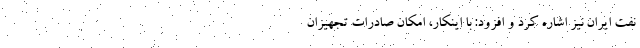
نفت ایران نیز اشاره کرد و افزود: با اینکار، ‌امکان صادرات تجهیزان